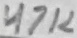
Text: 47K